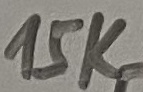
Text: 15K